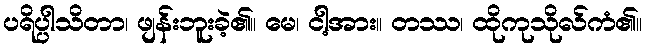
ပရိပ္ပါသိတာ၊ ဖျန်းဘူးခဲ့၏။ မေ၊ ငါ့အား။ တဿ၊ ထိုကုသိုလ်ကံ၏။